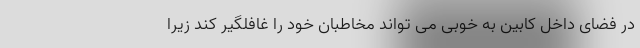
در فضای داخل کابین به خوبی می تواند مخاطبان خود را غافلگیر کند زیرا